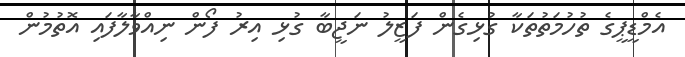
އެމްޑީޕީގެ ތުހުމަތުތަކާ ގުޅިގެން ފަޒީލު ނަޖީބާ ގުޅި އިރު ފޯން ނިއްވާލާފައި އޮތުމުން